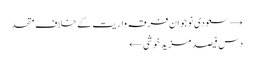
→ سعودی نوجوان فرقہ واریت کے خلاف متحد
دس فیصد مزید خوشی ←